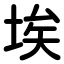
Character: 埃